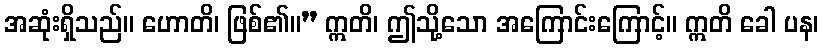
အဆုံးရှိသည်။ ဟောတိ၊ ဖြစ်၏။” ဣတိ၊ ဤသို့သော အကြောင်းကြောင့်။ ဣတိ ခေါ ပန၊